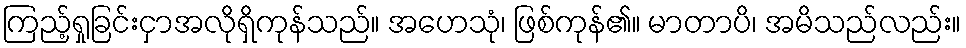
ကြည့်ရှုခြင်းငှာအလိုရှိကုန်သည်။ အဟေသုံ၊ ဖြစ်ကုန်၏။ မာတာပိ၊ အမိသည်လည်း။